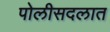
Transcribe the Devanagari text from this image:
पोलीसदलात